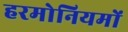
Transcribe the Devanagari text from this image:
हरमोनियमों